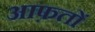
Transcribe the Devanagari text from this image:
आफ़तों